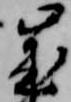
歳